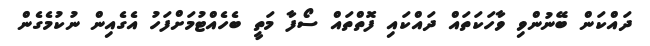
ދައްކަން ބޭނުންވި ވާހަކަތައް ދައްކައި ފޮތްތައް ސޯފާ މަތީ ބެހެއްޓުމަށްފަހު އެގެއިން ނުކުމެގެން